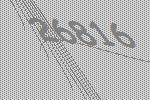
26816